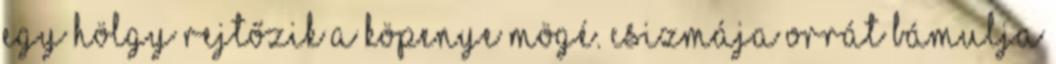
egy hölgy rejtőzik a köpenye mögé. Csizmája orrát bámulja